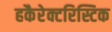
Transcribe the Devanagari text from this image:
हकैरेक्टरिस्टिक